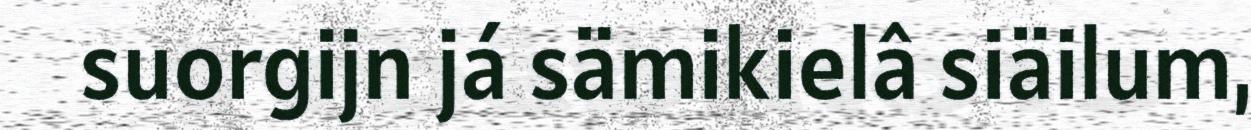
suorgijn já sämikielâ siäilum,